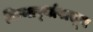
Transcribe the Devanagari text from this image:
किनार्र्यापासून